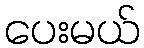
ပေးမယ်